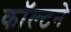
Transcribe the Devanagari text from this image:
कॉल्टने